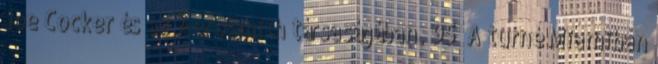
Joe Cocker és az Aerosmith társaságában. 95 A turné Miamiban